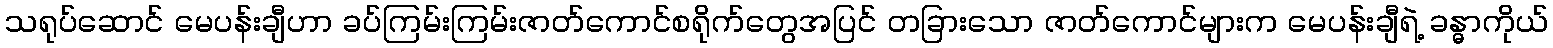
သရုပ်ဆောင် မေပန်းချီဟာ ခပ်ကြမ်းကြမ်းဇာတ်ကောင်စရိုက်တွေအပြင် တခြားသော ဇာတ်ကောင်များက မေပန်းချီရဲ့ ခန္ဓာကိုယ်